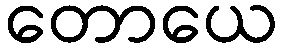
တောယေ